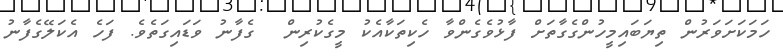
ހަމަކަށަވަރުން ތިޔަބައިިމީހުންގެގާތަށް ފާޅުވެގެންވާ ހެކިތަކާއެކު މީގެކުރިން  ގެފާނު ވަޑައިގަތެވެ. ފަހެ އެކަލޭގެފާނު